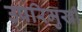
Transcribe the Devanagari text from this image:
उपरिमुखी